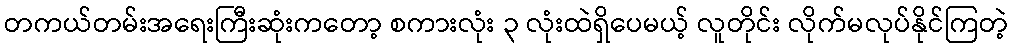
တကယ်တမ်းအရေးကြီးဆုံးကတော့ စကားလုံး ၃ လုံးထဲရှိပေမယ့် လူတိုင်း လိုက်မလုပ်နိုင်ကြတဲ့